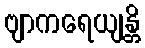
ဗျာကရေယျန္တိ